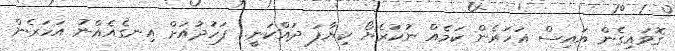
ގޮވައިގެން އައިސް އަހަރެން ކަމެއް ނުކުރެޔޯ ކިޔާފަ ދައްކަނީ.. ފަހުދުއަށް އިނގެއެއްނު އަހަރެން